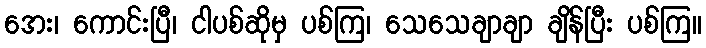
အေး၊ ကောင်းပြီ၊ ငါပစ်ဆိုမှ ပစ်ကြ၊ သေသေချာချာ ချိန်ပြီး ပစ်ကြ။